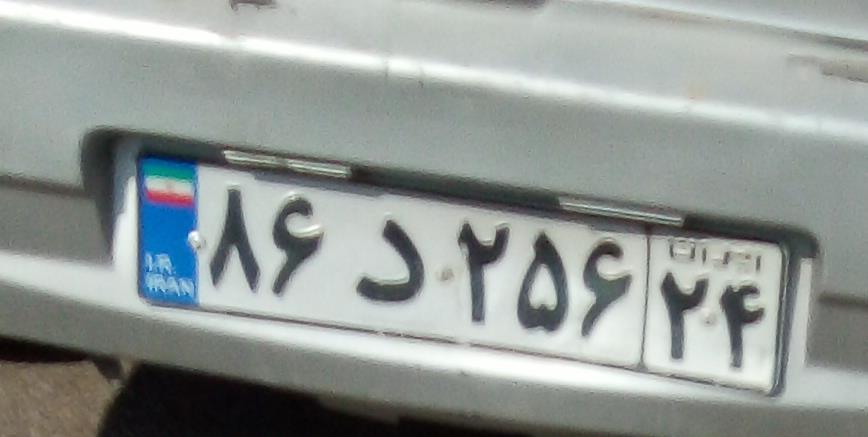
۸۶د۲۵۶۲۴